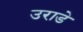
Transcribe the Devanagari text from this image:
उराडे